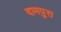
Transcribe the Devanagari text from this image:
दामपुरा